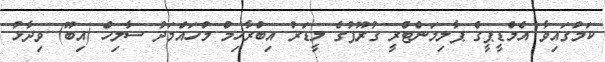
ކަމުގައިވާ އެމްޑީޕީގެ ޕާލިމަންޓްރީ ގުރޫޕުގެ ލީޑަރު އިބްރާހިމް މުހައްމަދު ސާލިހް (އިބޫ) ވިދާޅު